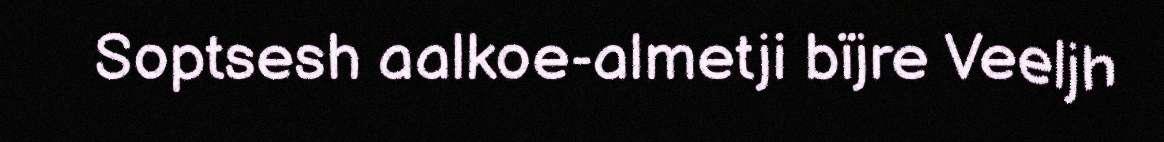
Soptsesh aalkoe-almetji bïjre Veeljh